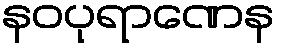
နဝပုရာဏေန